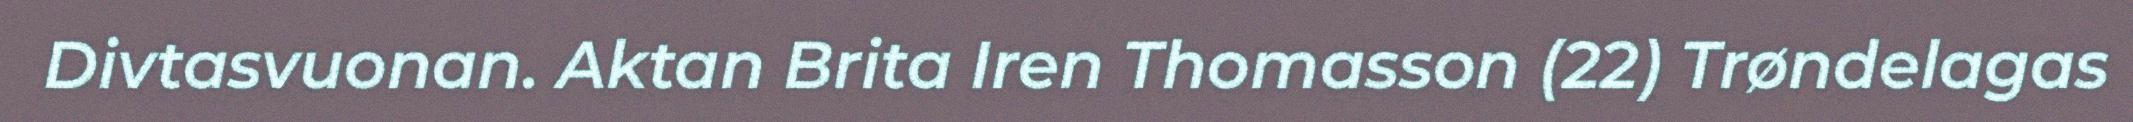
Divtasvuonan. Aktan Brita Iren Thomasson (22) Trøndelagas